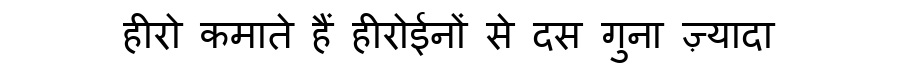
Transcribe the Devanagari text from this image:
हीरो कमाते हैं हीरोईनों से दस गुना ज़्यादा